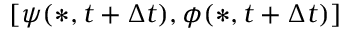
\left[ \psi ( * , t + \Delta { t } ) , \phi ( * , t + \Delta { t } ) \right]